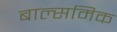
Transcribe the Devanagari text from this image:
बाल्समिक